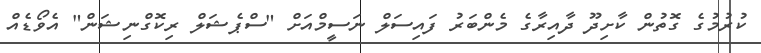
ކުރުމުގެ ގޮތުން ކާށިދޫ ދާއިރާގެ މެންބަރު ފައިސަލް ނަސީމްއަށް "ސްޕެޝަލް ރިކޮގްނިޝަން" އެވޯޑެއް